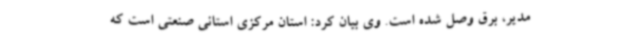
مدیر، برق وصل شده است. وی بیان کرد: استان مرکزی استانی صنعتی است که